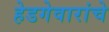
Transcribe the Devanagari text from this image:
हेडगेवारांचे